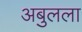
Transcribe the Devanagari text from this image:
अबुलला